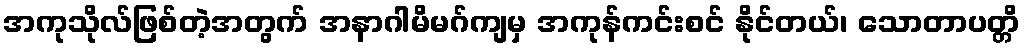
အကုသိုလ်ဖြစ်တဲ့အတွက် အနာဂါမိမဂ်ကျမှ အကုန်ကင်းစင် နိုင်တယ်၊ သောတာပတ္တိ